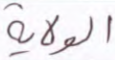
الولاية